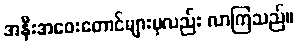
အနီးအဝေးတောင်များမှလည်း လာကြသည်။